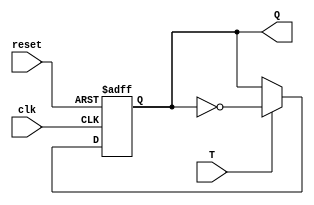
module T_FF (
    input wire T,     // Entrada T
    input wire clk,   // Reloj
    input wire reset, // Seal de reset asincrnico
    output reg Q      // Salida Q
);

    always @(posedge clk or posedge reset) begin
        if (reset) begin
            Q <= 1'b0; // Reset, establece Q a 0
        end else begin
            if (T) begin
                Q <= ~Q; // Invierte Q en el flanco de subida del reloj si T es 1
            end
        end
    end

endmodule